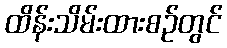
ထိန်းသိမ်းထားစဉ်တွင်